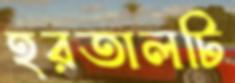
হরতালটি